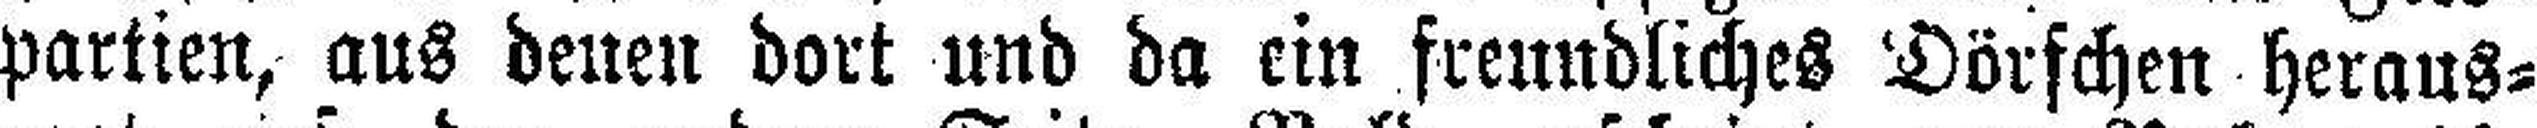
partien, aus denen dort und da ein freundliches Dörfchen heraus¬